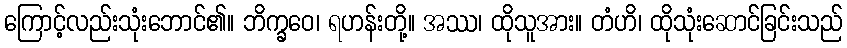
ကြောင့်လည်းသုံးဘောင်၏။ ဘိက္ခဝေ၊ ရဟန်းတို့။ အဿ၊ ထိုသူအား။ တံဟိ၊ ထိုသုံးဆောင်ခြင်းသည်